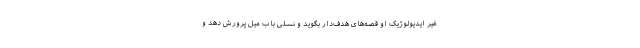
غیر ایدیولوژیک او قصه‌های هدف‌دار بگوید و نسلی باب میل پرورش دهد و